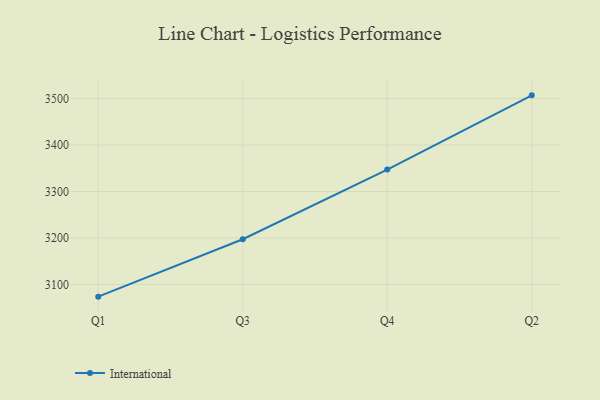
{"axis": {"x": "Quarter", "y": "Energy Usage (MWh)"}, "legend": ["International"], "data": [{"x": "Q1", "y": 3073.7, "type": "International"}, {"x": "Q3", "y": 3197.2, "type": "International"}, {"x": "Q4", "y": 3347.1, "type": "International"}, {"x": "Q2", "y": 3506.9, "type": "International"}]}